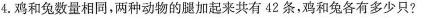
4.鸡和兔数量相同，两种动物的腿加起来共有42条，鸡和兔各有多少只?